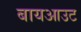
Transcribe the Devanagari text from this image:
बायआउट